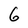
Character: 6